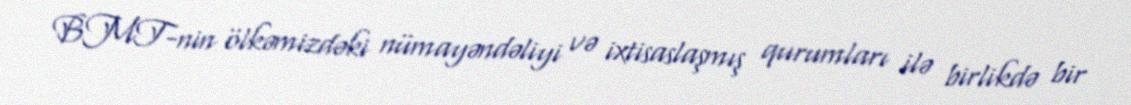
BMT-nin ölkəmizdəki nümayəndəliyi və ixtisaslaşmış qurumları ilə birlikdə bir